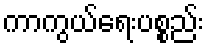
ကာကွယ်ရေးပစ္စည်း